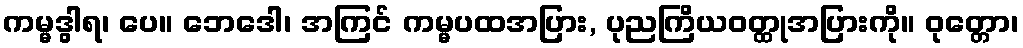
ကမ္မဒွါရ၊ ပေ။ ဘေဒေါ၊ အကြင် ကမ္မပထအပြား, ပုညကြိယဝတ္ထုအပြားကို။ ဝုတ္တော၊